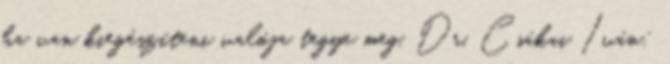
ha van kiegészíteni valója tegye meg. Dr. Csákai Iván: